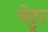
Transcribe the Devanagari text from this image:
चेट्टूर